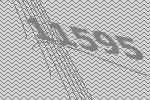
11595